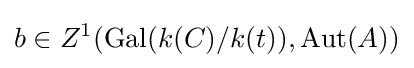
b\in Z^{1}(\operatorname {Gal} (k(C)/k(t)),{\text{Aut}}(A))